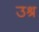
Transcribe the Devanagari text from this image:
उश्र